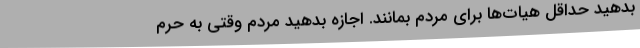
بدهید حداقل هیات‌ها برای مردم بمانند. اجازه بدهید مردم وقتی به حرم